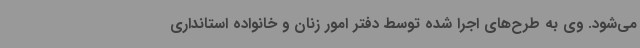
می‌شود. وی به طرح‌های اجرا شده توسط دفتر امور زنان و خانواده استانداری